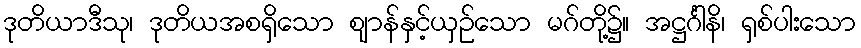
ဒုတိယာဒီသု၊ ဒုတိယအစရှိသော ဈာန်နှင့်ယှဉ်သော မဂ်တို့၌။ အဋ္ဌင်္ဂါနိ၊ ရှစ်ပါးသော